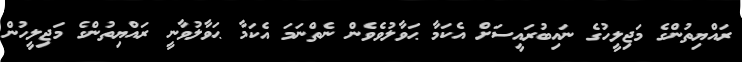
ރައްޔިތުންގެ މަޖިލީހުގެ ނައިބުރައީސަށް އެކަމާ ޙަވާލުވެވެން ނެތްނަމަ އެކަމާ ޙަވާލުވާނީ ރައްޔިތުންގެ މަޖިލީހުން